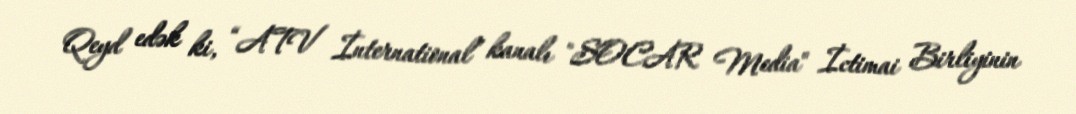
Qeyd edək ki, “ATV İnternational” kanalı "SOCAR Media" İctimai Birliyinin